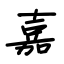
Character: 嘉